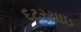
દટરયાઇ